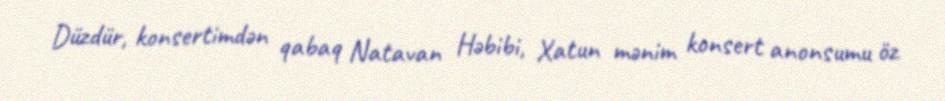
Düzdür, konsertimdən qabaq Natavan Həbibi, Xatun mənim konsert anonsumu öz